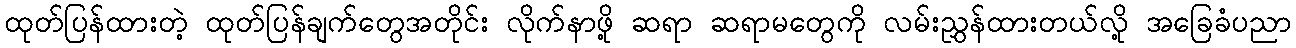
ထုတ်ပြန်ထားတဲ့ ထုတ်ပြန်ချက်တွေအတိုင်း လိုက်နာဖို့ ဆရာ ဆရာမတွေကို လမ်းညွှန်ထားတယ်လို့ အခြေခံပညာ